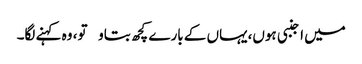
میں اجنبی ہوں،یہاں کے بارے کچھ بتاو تو، وہ کہنے لگا۔